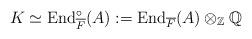
LaTeX: \begin{align*}K\simeq\mathrm{End}_{\overline{F}}^\circ(A):=\mathrm{End}_{\overline{F}}(A)\otimes_{\mathbb{Z}}\mathbb{Q}\end{align*}